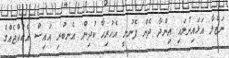
ނަޒްލާ އަޅައިނުލައި އިންދާ ދެން ފެނުނީ އެހުރިހާ ކުދިން އެނބުރި އައިސް އެކުއްޖެއްގެ